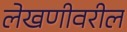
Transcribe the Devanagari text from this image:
लेखणीवरील